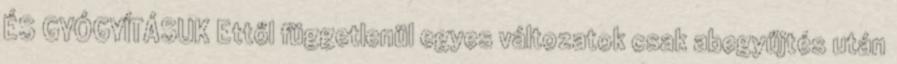
ÉS GYÓGYÍTÁSUK Ettől függetlenül egyes változatok csak abegyűjtés után